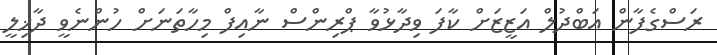
ރަސްގެފާން އަބްދުލް އަޒީޒަށް ކާފަ ވިދާޅުވާ ޕްރިންސް ނާއިފް މިހާތަނަށް ހުންނެވީ ދާޚިލީ